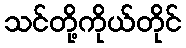
သင်တို့ကိုယ်တိုင်